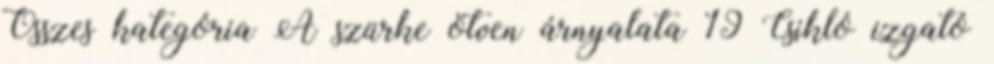
Összes kategória A szürke ötven árnyalata 19 Csikló izgató